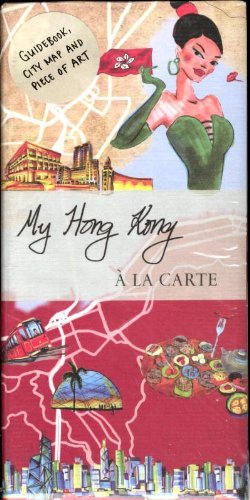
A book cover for My Hong Kong a la Carte (My City a La Carte Maps); A la Carte Maps; Travel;